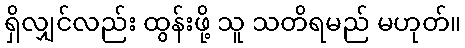
ရှိလျှင်လည်း ထွန်းဖို့ သူ သတိရမည် မဟုတ်။